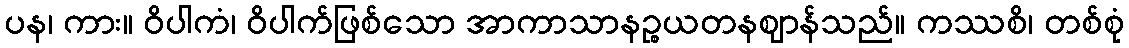
ပန၊ ကား။ ဝိပါကံ၊ ဝိပါက်ဖြစ်သော အာကာသာနဉ္စယတနဈာန်သည်။ ကဿစိ၊ တစ်စုံ